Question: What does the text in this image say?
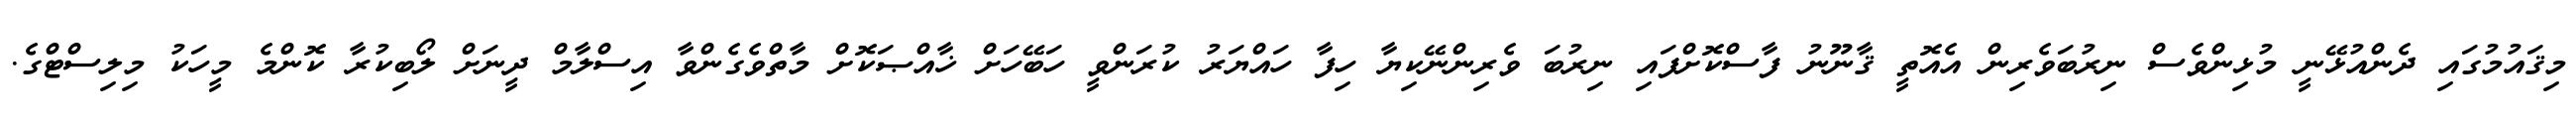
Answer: މިޤައުމުގައި ދެންއުޅޭނީ މުޅިންވެސް ނިރުބަވެރިން އެއޮތީ ޤާނޫނު ފާސްކޮށްފައި ނިރުބަ ވެރިންނޭކިޔާ ހިފާ ހައްޔަރު ކުރަންވީ ހަބޭހަށް ޚާއްޞަކޮށް މާތްވެގެންވާ އިސްލާމް ދީނަށް ލޯބިކުރާ ކޮންމެ މީހަކު މިލިސްޓްގެ.